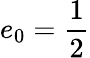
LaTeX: e_{0}=\frac{1}{2}